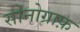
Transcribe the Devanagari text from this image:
सोनोग्राफ़